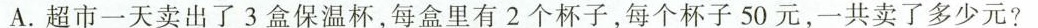
A.超市一天卖出了3盒保温杯，每盒里有2个杯子，每个杯子50元，一共卖了多少元?